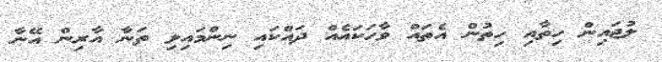
ލުޖައިން ހިތާއި ހިތުން އެތައް ވާހަކައެއް ދައްކައި ނިންމައިލި ތަނާ އާރިން އޭނާ